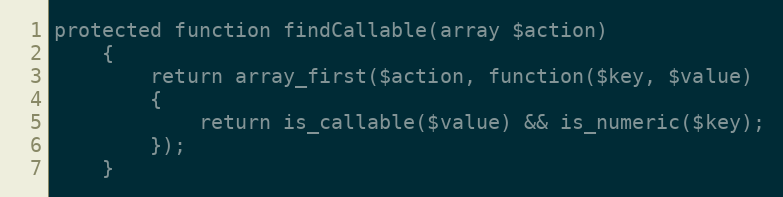
Language: PHP
protected function findCallable(array $action)
	{
		return array_first($action, function($key, $value)
		{
			return is_callable($value) && is_numeric($key);
		});
	}